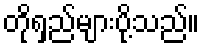
တိုရှည်များပို့သည်။